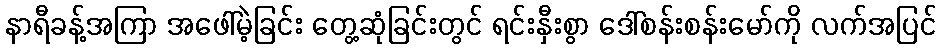
နာရီခန့်အကြာ အဖေါ်မဲ့ခြင်း တွေ့ဆုံခြင်းတွင် ရင်းနှီးစွာ ဒေါ်စန်းစန်းမော်ကို လက်အပြင်